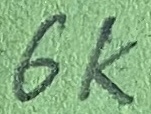
Text: 6K